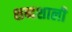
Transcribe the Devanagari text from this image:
शब्दशाली